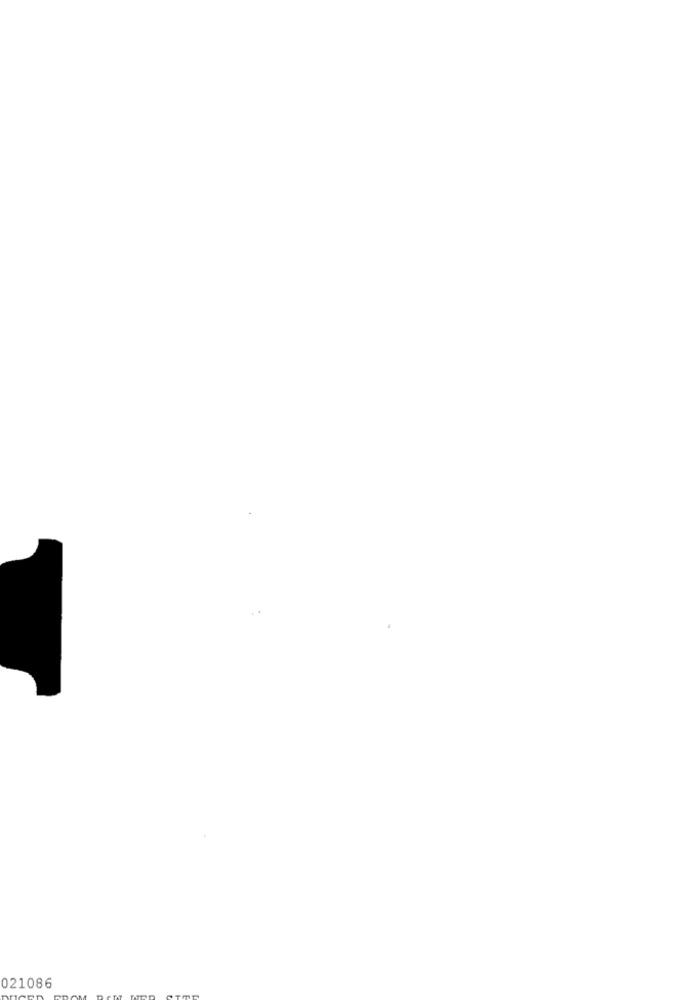
021086